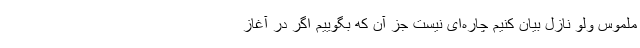
ملموس ولو نازل بیان کنیم چاره‌ای نیست جز آن که بگوییم اگر در آغاز